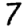
Digit: 7